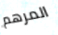
المرهم